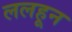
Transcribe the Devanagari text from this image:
ललहून